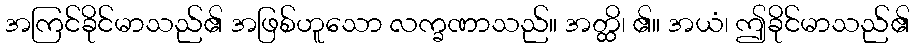
အကြင်ခိုင်မာသည်၏ အဖြစ်ဟူသော လက္ခဏာသည်။ အတ္ထိ၊ ၏။ အယံ၊ ဤခိုင်မာသည်၏